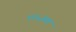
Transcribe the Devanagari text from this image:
१९५२ला